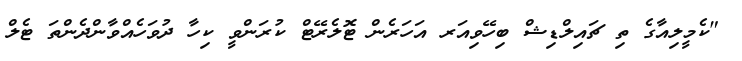
"ކެމީލިއާގެ ތި ޗައިލްޑިޝް ބިހޭވިއަރ އަހަރެން ޓޮލެރޭޓް ކުރަންވީ ކިހާ ދުވަހެއްވާންދެންތަ ޓެލް